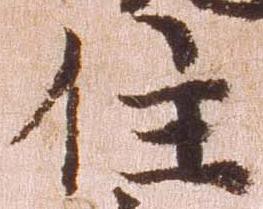
住